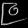
Digit: ၉